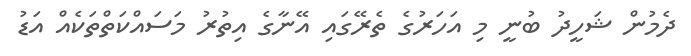
ދެމުން ޝަހީދު ބުނީ މި އަހަރުގެ ތެރޭގައި އޭނާގެ އިިތުރު މަސައްކަތްތަކެއް އަޑު